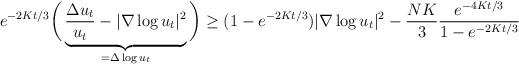
LaTeX: \begin{align*}e^{-2Kt/3}\bigg(\underbrace{\frac{\Delta u_t}{u_t} - |\nabla\log u_t|^2}_{=\Delta\log u_t}\bigg) \geq (1-e^{-2Kt/3})|\nabla\log u_t|^2 - \frac{NK}{3}\frac{e^{-4Kt/3}}{1-e^{-2Kt/3}}\end{align*}